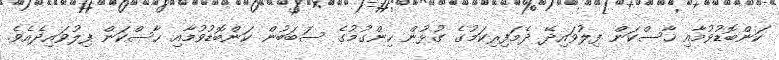
ކަންބޮޑުވުމާއި ހާސްކަން ފިލުވައިދޭ ދެމަފިރިކަމުގެ ގުޅުން ހިންގުމުގެ ސަބަބުން ކަންބޮޑުވުމާއި ހާސްކަން ފިލުވައިދެއެވެ.